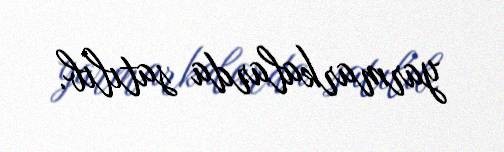
yarmarkalarda satılıb.